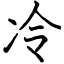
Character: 冷